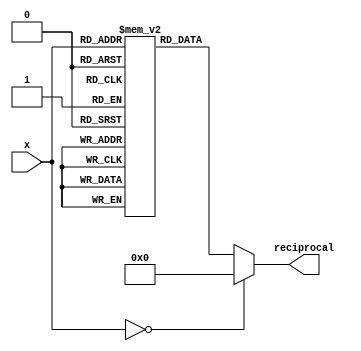
module lut_reciprocal (
    input wire [7:0] x,         // 8-bit input
    output reg [15:0] reciprocal // 16-bit output for the reciprocal
);
    
    // Lookup table for reciprocal values (1/x) for x = 1 to 255
    reg [15:0] lut [0:255];

    // Initialize the LUT with pre-calculated reciprocal values
    initial begin
        lut[0] = 16'h0000; // Handle division by zero case (return 0)
        lut[1] = 16'h10000; // 1.0
        lut[2] = 16'h08000; // 0.5
        lut[3] = 16'h05555; // 0.3333
        lut[4] = 16'h04000; // 0.25
        lut[5] = 16'h03333; // 0.2
        lut[6] = 16'h02AAA; // 0.1667
        lut[7] = 16'h02857; // 0.1429
        lut[8] = 16'h02000; // 0.125
        lut[9] = 16'h01C71; // 0.1111
        lut[10] = 16'h01999; // 0.1
        // ... Initialize other values as needed
        lut[255] = 16'h0001; // 1/255
    end

    always @(*) begin
        if (x == 8'd0) begin
            reciprocal = 16'h0000; // Return 0 for division by zero
        end else begin
            reciprocal = lut[x]; // Lookup the reciprocal
        end
    end

endmodule